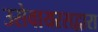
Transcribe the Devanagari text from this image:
उसेवायरसद्वारा